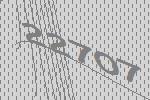
22707